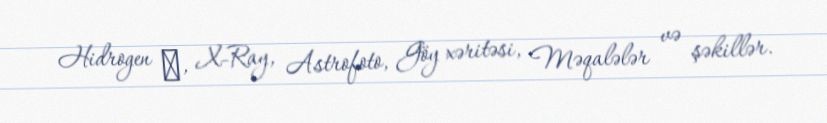
Hidrogen α, X-Ray, Astrofoto, Göy xəritəsi, Məqalələr və şəkillər.